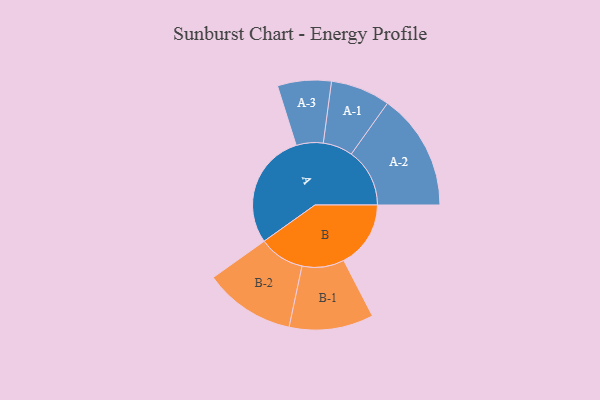
{"axis": {"x": "Segment", "y": "Value"}, "legend": ["", "A", "B"], "data": [{"x": "A", "y": 469, "type": ""}, {"x": "B", "y": 272, "type": ""}, {"x": "A-1", "y": 121, "type": "A"}, {"x": "A-2", "y": 237, "type": "A"}, {"x": "A-3", "y": 109, "type": "A"}, {"x": "B-1", "y": 171, "type": "B"}, {"x": "B-2", "y": 185, "type": "B"}]}